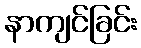
နာကျင်ခြင်း